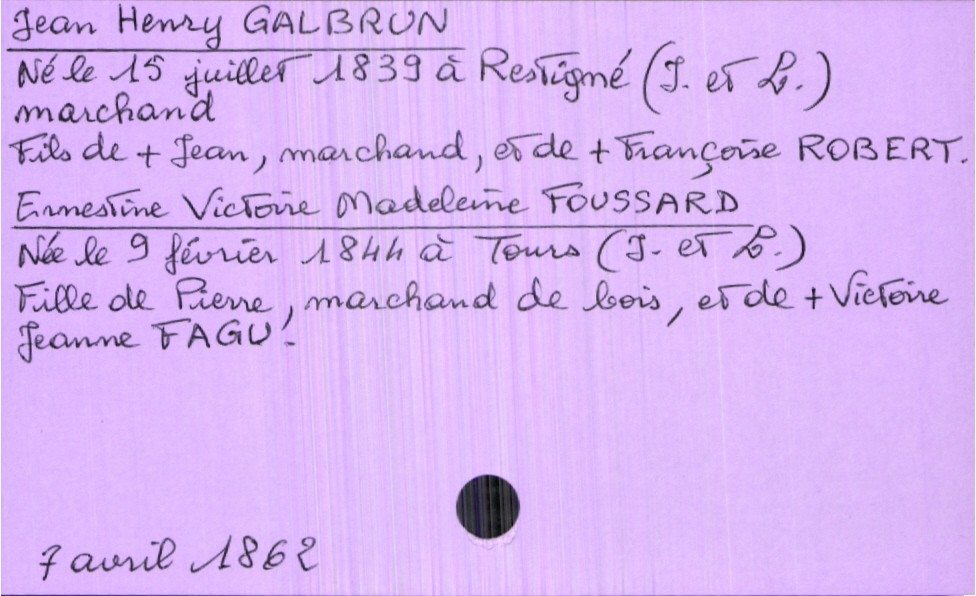
type_acte: Mariage
année: 1862
mois: avril
jour: 7
marié_nom: Galbrun
marié_prénom: Jean Henry
marié_profession: marchand
marié_date_de_naissance: 15 juillet 1839
marié_lieu_de_naissance: Réstigné (Indre-et-Loire)
père_marié_nom: Galbrun
père_marié_prénom: Jean
père_marié_profession: marchand
père_marié_statut: décédé
mère_marié_nom: Robert
mère_marié_prénom: Françoise
mère_marié_statut: décédée
mariée_nom: Foussard
mariée_prénom: Ernestine Victoire Madeleine
mariée_date_de_naissance: 9 février 1844
mariée_lieu_de_naissance: Tours (Indre-et-Loire)
père_mariée_nom: Foussard
père_mariée_prénom: Pierre
père_mariée_profession: marchand de bois
mère_mariée_nom: Fagu
mère_mariée_prénom: Victoire
mère_mariée_statut: décédée